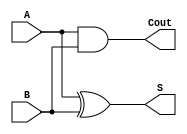
`timescale 1ns/1ps
`default_nettype none

module half_adder(S, Cout, A, B);

    output wire S,Cout;
    input wire A,B;

    assign S = A ^ B;
    assign Cout = A & B;
    
endmodule